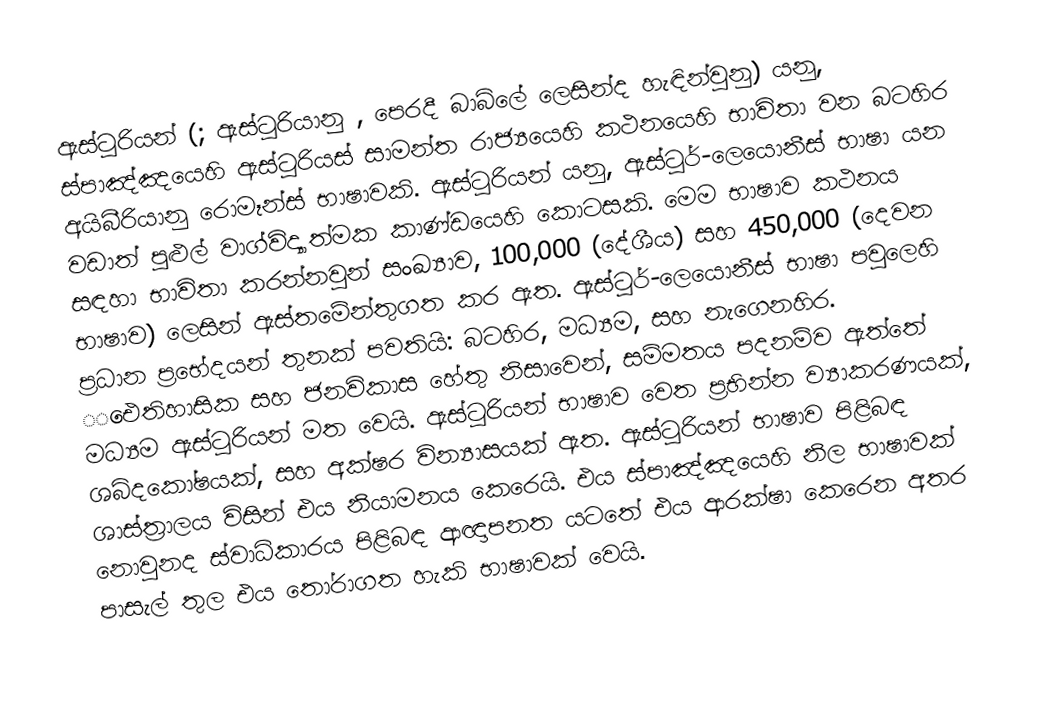
ඇස්ටූරියන් (; ඇස්ටූරියානු , පෙරදී  බාබ්ලේ  ලෙසින්ද හැඳින්වුනු) යනු, ස්පාඤ්ඤයෙහි ඇස්ටූරියස් සාමන්ත රාජ්‍යයෙහි කථනයෙහි භාවිතා වන බටහිර අයිබීරියානු රොමෑන්ස් භාෂාවකි. ඇස්ටූරියන් යනු, ඇස්ටූර්-ලෙයොනීස් භාෂා යන වඩාත් පුළුල් වාග්විද්‍යාත්මක කාණ්ඩයෙහි කොටසකි. මෙම භාෂාව කථනය සඳහා භාවිතා කරන්නවුන් සංඛ්‍යාව, 100,000 (දේශීය) සහ 450,000 (දෙවන භාෂාව) ලෙසින් ඇස්තමේන්තුගත කර ඇත. ඇස්ටූර්-ලෙයොනීස් භාෂා පවුලෙහි ප්‍රධාන ප්‍රභේදයන් තුනක් පවතියි: බටහිර, මධ්‍යම, සහ නැගෙනහිර. ‌‌ඓතිහාසික සහ  ජනවිකාස හේතු නිසාවෙන්, සම්මතය පදනම්ව ඇත්තේ මධ්‍යම ඇස්ටූරියන් මත වෙයි. ඇස්ටූරියන් භාෂාව වෙත ප්‍රභින්න  ව්‍යාකරණයක්,  ශබ්දකෝෂයක්, සහ අක්ෂර වින්‍යාසයක් ඇත. ඇස්ටූරියන් භාෂාව පිළිබඳ ශාස්ත්‍රාලය විසින් එය නියාමනය කෙරෙයි. එය ස්පාඤ්ඤයෙහි නිල භාෂාවක් නොවුනද  ස්වාධිකාරය පිළිබඳ ආඥාපනත යටතේ එය ආරක්ෂා කෙරෙන අතර පාසැල් තුල එය තෝරාගත හැකි භාෂාවක් වෙයි.